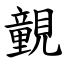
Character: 䚒